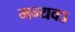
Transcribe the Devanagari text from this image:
मन्यवऽ